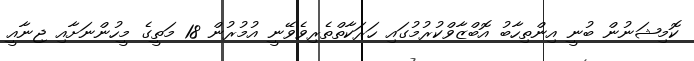
ކޮމިޝަނުން ބުނީ އިންތިހާބު އޮބްޒާވްކުރުމުގައި ހަރަކާތްތެރިވެވޭނީ އުމުރުން 18 މަތީގެ މީހުންނަށާއި ޖިނާއީ